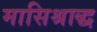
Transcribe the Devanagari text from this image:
मासिश्राद्ध